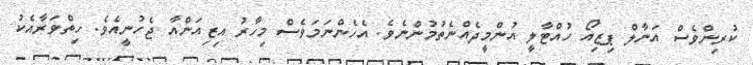
ކުރިންވެސް އަނާލް ޕިޒިއޯ ހުއްޓާލީ އުންމީދެއްނެތުމުންނެވެ. އެހެންނަމަވެސް މިހާރު އިޒިއަންއާ ޖެހުނީއެވެ. ހިތްވަރާއެކު